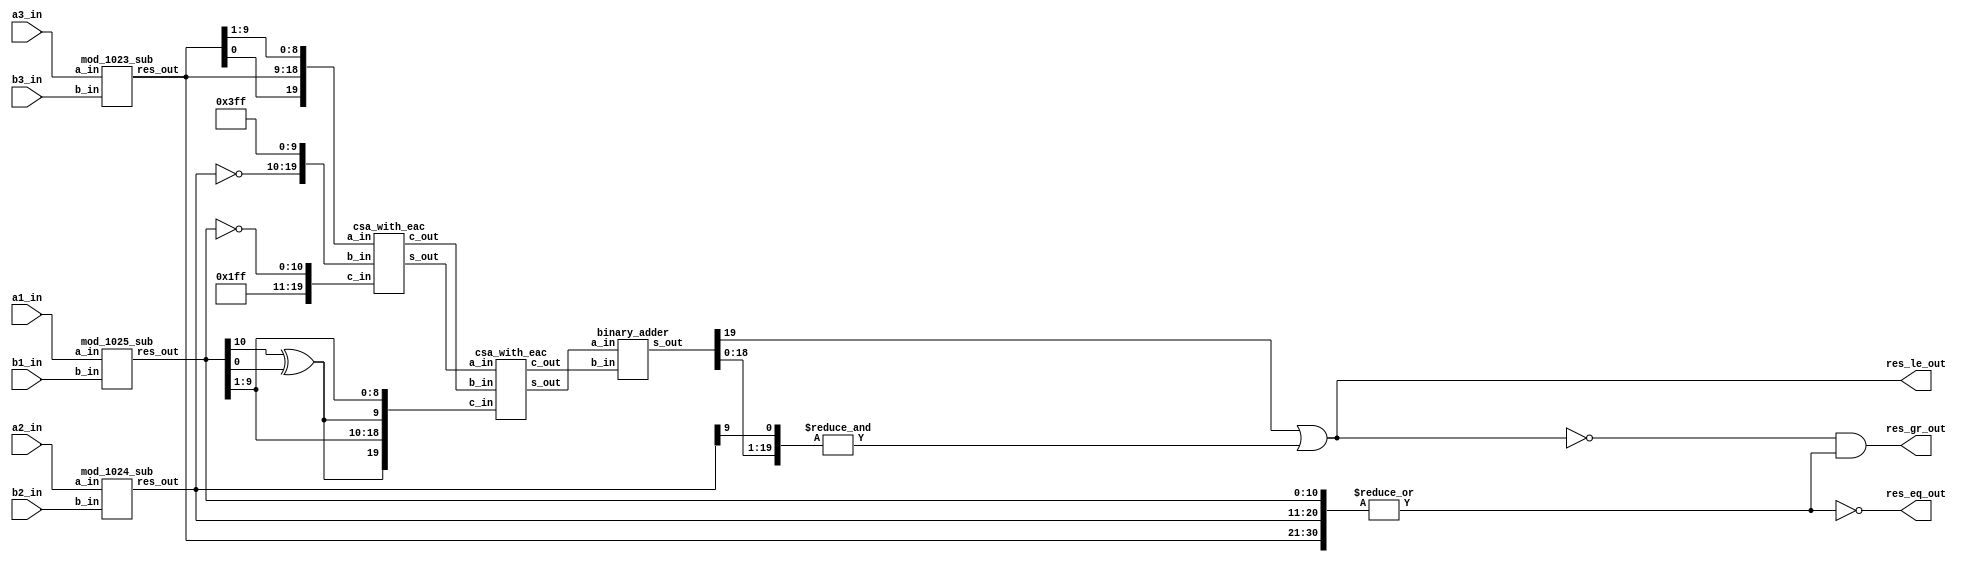



module compare_1025_1024_1023
(
  input [10:0] a1_in,
  input [9:0] a2_in,
  input [9:0] a3_in,
  input [10:0] b1_in,
  input [9:0] b2_in,
  input [9:0] b3_in,
  output res_le_out,
  output res_eq_out,
  output res_gr_out
);

  wire [19:0] U;
  wire [19:0] V;
  wire [19:0] W;
  wire [9:0] halfW;
  wire [19:0] neg_d1;
  wire [10:0] d1;
  wire [9:0] d2;
  wire [9:0] d3;
  wire [19:0] tmp_sum1;
  wire [19:0] tmp_sum2;
  wire [19:0] tmp_carry1;
  wire [19:0] tmp_carry2;
  wire [19:0] D1;
  wire [29:0] D;
  wire C;
  wire E;
  assign U = { d3[0], d3[9:0], d3[9:1] };
  assign V = { ~d2[9:0], 10'b1111111111 };
  assign halfW = { d1[10] ^ d1[0], d1[9:1] };
  assign W = { halfW, halfW };
  assign neg_d1 = { 9'b111111111, ~d1 };
  assign C = ~(|{ d1, d2, d3 });
  assign D = { D1, d2 };
  assign E = { ~(D[29] | &D[28:9]) };
  assign res_le_out = ~E;
  assign res_eq_out = C;
  assign res_gr_out = E & ~C;

  mod_1025_sub
  sub1
  (
    .a_in(a1_in),
    .b_in(b1_in),
    .res_out(d1)
  );


  mod_1024_sub
  sub2
  (
    .a_in(a2_in),
    .b_in(b2_in),
    .res_out(d2)
  );


  mod_1023_sub
  sub3
  (
    .a_in(a3_in),
    .b_in(b3_in),
    .res_out(d3)
  );


  csa_with_eac
  csa1
  (
    .a_in(U),
    .b_in(V),
    .c_in(neg_d1),
    .s_out(tmp_sum1),
    .c_out(tmp_carry1)
  );


  csa_with_eac
  csa2
  (
    .a_in(tmp_sum1),
    .b_in(tmp_carry1),
    .c_in(W),
    .s_out(tmp_sum2),
    .c_out(tmp_carry2)
  );


  binary_adder
  adder
  (
    .a_in(tmp_sum2),
    .b_in(tmp_carry2),
    .s_out(D1)
  );


endmodule



module mod_1025_sub
(
  input [10:0] a_in,
  input [10:0] b_in,
  output [10:0] res_out
);

  wire T;
  wire W;
  wire [10:0] R;
  assign T = ~(a_in[10] & ~b_in[10]);
  assign W = ~(a_in[10] | ~b_in[10]);
  assign R = { 1'b0, a_in[9:0] } + { 1'b0, ~b_in[9:0] } + T;
  assign res_out = { 1'b0, R[9:0] } + W + { 10'b0, ~R[10] };

endmodule



module mod_1024_sub
(
  input [9:0] a_in,
  input [9:0] b_in,
  output [9:0] res_out
);

  assign res_out = a_in + ~b_in + 1;

endmodule



module mod_1023_sub
(
  input [9:0] a_in,
  input [9:0] b_in,
  output [9:0] res_out
);

  wire [10:0] R1;
  wire [9:0] R2;
  assign R1 = { 1'b0, a_in } + { 1'b0, ~b_in };
  assign R2 = R1[9:0] + { 9'b0, R1[10] };
  assign res_out = &R2 ? ~R2 : R2;

endmodule



module csa_with_eac
(
  input [19:0] a_in,
  input [19:0] b_in,
  input [19:0] c_in,
  output [19:0] s_out,
  output [19:0] c_out
);

  wire [19:0] carry;
  assign carry = a_in & b_in | b_in & c_in | a_in & c_in;
  assign s_out = a_in ^ b_in ^ c_in;
  assign c_out = { carry[18:0], carry[19] };

endmodule



module binary_adder
(
  input [19:0] a_in,
  input [19:0] b_in,
  output [19:0] s_out
);

  wire [20:0] R1;
  wire [19:0] R2;
  assign R1 = a_in + b_in;
  assign R2 = R1[19:0] + R1[20];
  assign s_out = &R2 ? ~R2 : R2;

endmodule




module compare_testbench_1025_1024_1023
(

);

  integer iter;
  reg [29:0] rand_value;
  reg [29:0] rand_value_2;
  integer seed;
  reg [10:0] x1;
  reg [9:0] x2;
  reg [9:0] x3;
  reg [10:0] y1;
  reg [9:0] y2;
  reg [9:0] y3;
  wire gr;
  wire eq;
  wire le;
  reg reg_gr;
  reg reg_eq;
  reg reg_le;
  reg exp_gr;
  reg exp_eq;
  reg exp_le;
  reg dummy;

  compare_1025_1024_1023
  dut
  (
    .a1_in(x1),
    .a2_in(x2),
    .a3_in(x3),
    .b1_in(y1),
    .b2_in(y2),
    .b3_in(y3),
    .res_le_out(le),
    .res_eq_out(eq),
    .res_gr_out(gr)
  );


  initial begin
    $display ("!!! Stage 1 !!!");
    seed = 23429;
    rand_value = $urandom(seed);
    for (iter = 0; iter < 2000; iter = iter + 1)
    begin
        rand_value = $urandom_range(268435200);
        rand_value_2 = $urandom_range(268435200);

        x1 = rand_value % 1025;
        x2 = rand_value % 1024;
        x3 = rand_value % 1023;
    
        y1 = rand_value_2 % 1025;
        y2 = rand_value_2 % 1024;
        y3 = rand_value_2 % 1023;

        exp_gr = (rand_value > rand_value_2);
        exp_eq = (rand_value == rand_value_2);
        exp_le = (rand_value < rand_value_2);

        #1 dummy = 1;

        reg_gr = gr;
        reg_eq = eq;
        reg_le = le;

        if (reg_gr !== exp_gr || reg_eq !== exp_eq || reg_le !== exp_le )
        begin
            $display ("!!! Error stage 1!!!");
            $display ("X = (%d; %d; %d) Y = (%d; %d; %d)",x1, x2, x3, y1, y2, y3);
            $display ("Res = (> %b; = %b; < %b) Expect = (> %b; = %b; < %b)", gr, eq, le, exp_gr, exp_eq, exp_le);
            $fatal();;
        end
        #1 dummy = 1;
    end

    $display ("!!! Stage 2 !!!");

    for (iter = 0; iter < 2000; iter = iter + 1)
    begin
        rand_value = $urandom_range(268435200);
        x1 = rand_value % 1025;
        x2 = rand_value % 1024;
        x3 = rand_value % 1023;
    
        y1 = rand_value % 1025;
        y2 = rand_value % 1024;
        y3 = rand_value % 1023;

        exp_gr = 0;
        exp_eq = 1;
        exp_le = 0;

        #1 dummy = 1;

        reg_gr = gr;
        reg_eq = eq;
        reg_le = le;

        if (reg_gr !== exp_gr || reg_eq !== exp_eq || reg_le !== exp_le )
        begin
            $display ("!!! Error stage 2 !!!");
            $display ("X = (%d; %d; %d) Y = (%d; %d; %d)",x1, x2, x3, y1, y2, y3);
            $display ("Res = (> %b; = %b; < %b) Expect = (> %b; = %b; < %b)", gr, eq, le, exp_gr, exp_eq, exp_le);
            $fatal();
        end
        #1 dummy = 1;
    end

    $display ("!!! Succsess !!!");
  end


endmodule